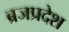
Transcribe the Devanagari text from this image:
ब्रजप्रदेश